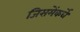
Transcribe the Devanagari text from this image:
जिसमेंकर्घे